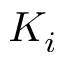
K _ { i }